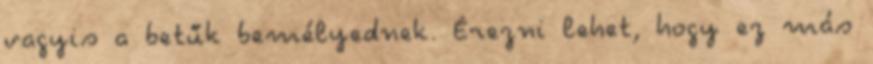
vagyis a betűk bemélyednek. Érezni lehet, hogy ez más